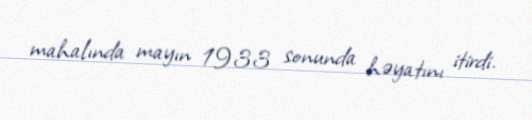
mahalında mayın 1933 sonunda həyatını itirdi.